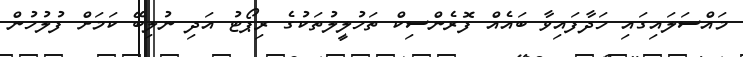
މައްސަލައިގައި ހަދާފައިވާ ބައެއް ފޮރެންސިކް ތަހުލީލުތަކުގެ ރިޕޯޓު އަދި ނުލިބޭ ކަމަށް ފުލުހުން